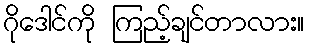
ဂိုဒေါင်ကို ကြည့်ချင်တာလား။